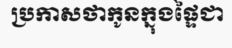
ប្រកាសថាកូនក្នុងផ្ទៃជា